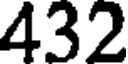
432